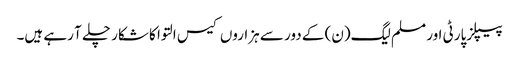
پیپلزپارٹی اور مسلم لیگ(ن) کے دور سے ہزاروں کیس التوا کا شکار چلے آ رہے ہیں۔